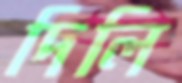
দিলি